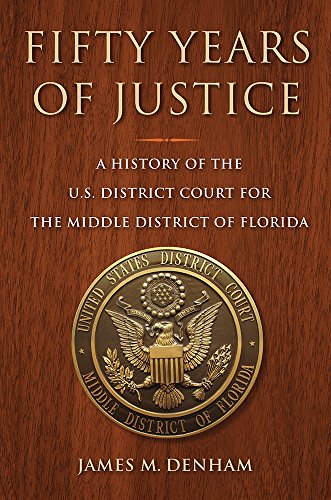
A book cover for Fifty Years of Justice: A History of the U.S. District Court for the Middle District of Florida (A Florida Quincentennial Book); James M. Denham; Law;